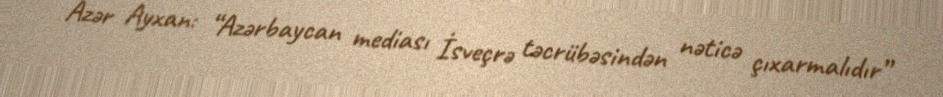
Azər Ayxan: “Azərbaycan mediası İsveçrə təcrübəsindən nəticə çıxarmalıdır”